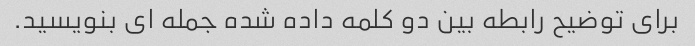
برای توضیح رابطه بین دو کلمه داده شده جمله ای بنویسید.